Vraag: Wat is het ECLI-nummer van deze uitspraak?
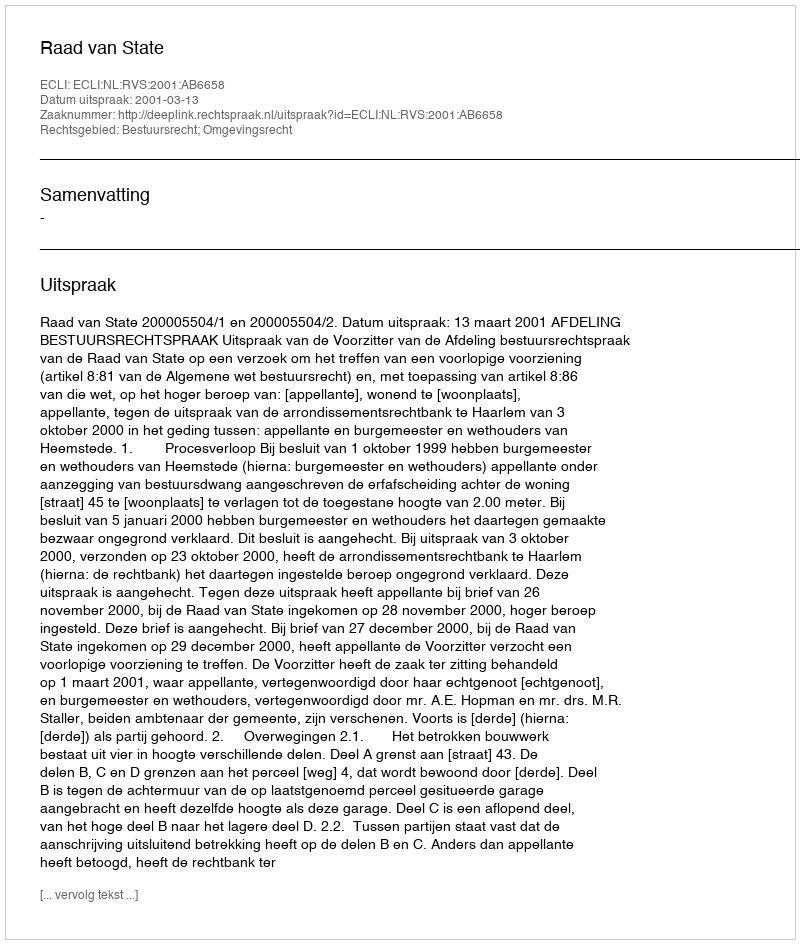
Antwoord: ECLI:NL:RVS:2001:AB6658